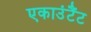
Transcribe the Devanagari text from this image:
एकाउंटैंट